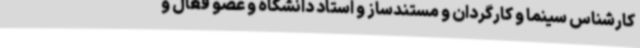
کارشناس سینما و کارگردان و مستندساز و استاد دانشگاه و عضو فعال و